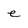
Character: e